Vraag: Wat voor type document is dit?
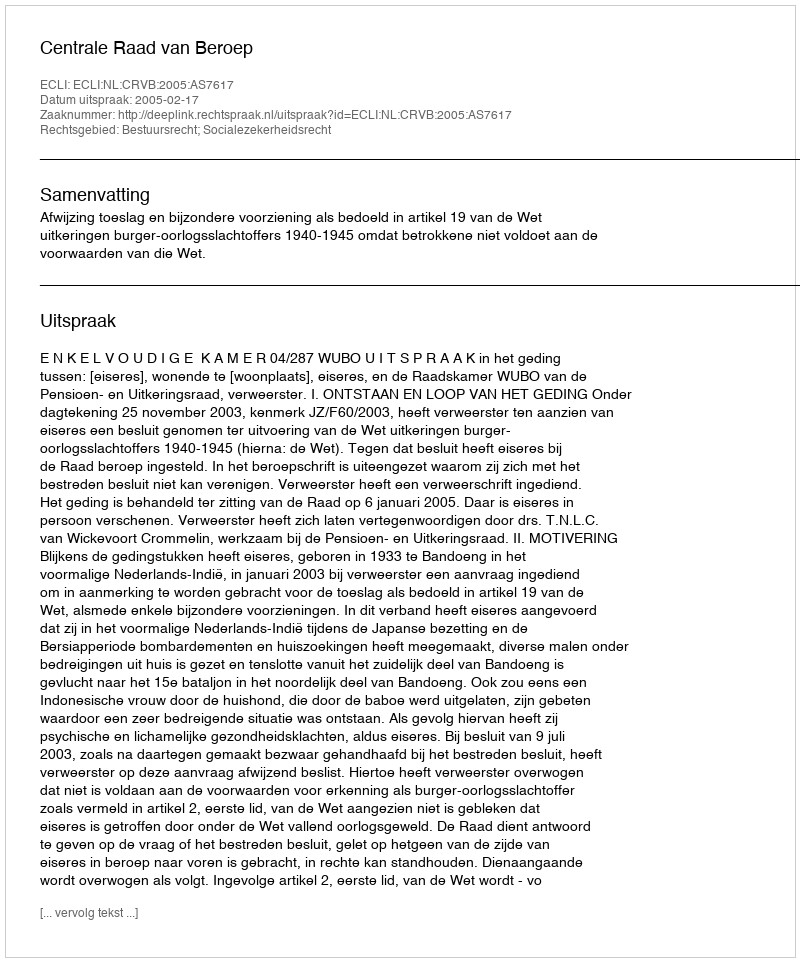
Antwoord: Uitspraak